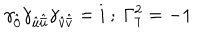
\gamma _ { \hat { 0 } } \gamma _ { { \hat { u } } { \hat { \bar { u } } } } \gamma _ { { \hat { v } } { \hat { \bar { v } } } } = i ~ ; ~ \Gamma _ { 7 } ^ { 2 } = - 1